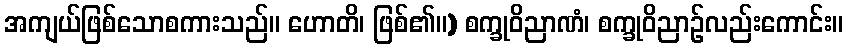
အကျယ်ဖြစ်သောစကားသည်။ ဟောတိ၊ ဖြစ်၏။) စက္ခုဝိညာဏံ၊ စက္ခုဝိညာဉ်လည်းကောင်း။